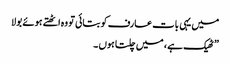
میں یہی بات عارف کو بتائی تو وہ اٹھتے ہوئے بولا
” ٹھیک ہے ، میں چلتا ہوں ۔